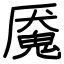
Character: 魇